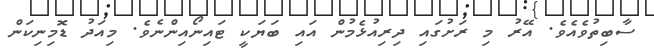
ސާބިތުވެއެވެ. އޭރު މި ރަށުގައި ދިރިއުޅެމުން އައި ބަޔަކީ ޓައިނޯއިންނެވެ. މިއަދު ޑޮމިނިކަން